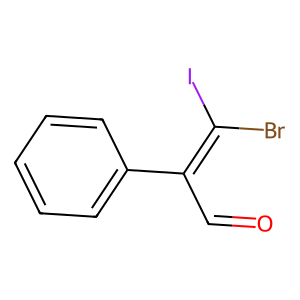
SMILES: O=CC(=C(Br)I)c1ccccc1
Inhibits HIV replication: No